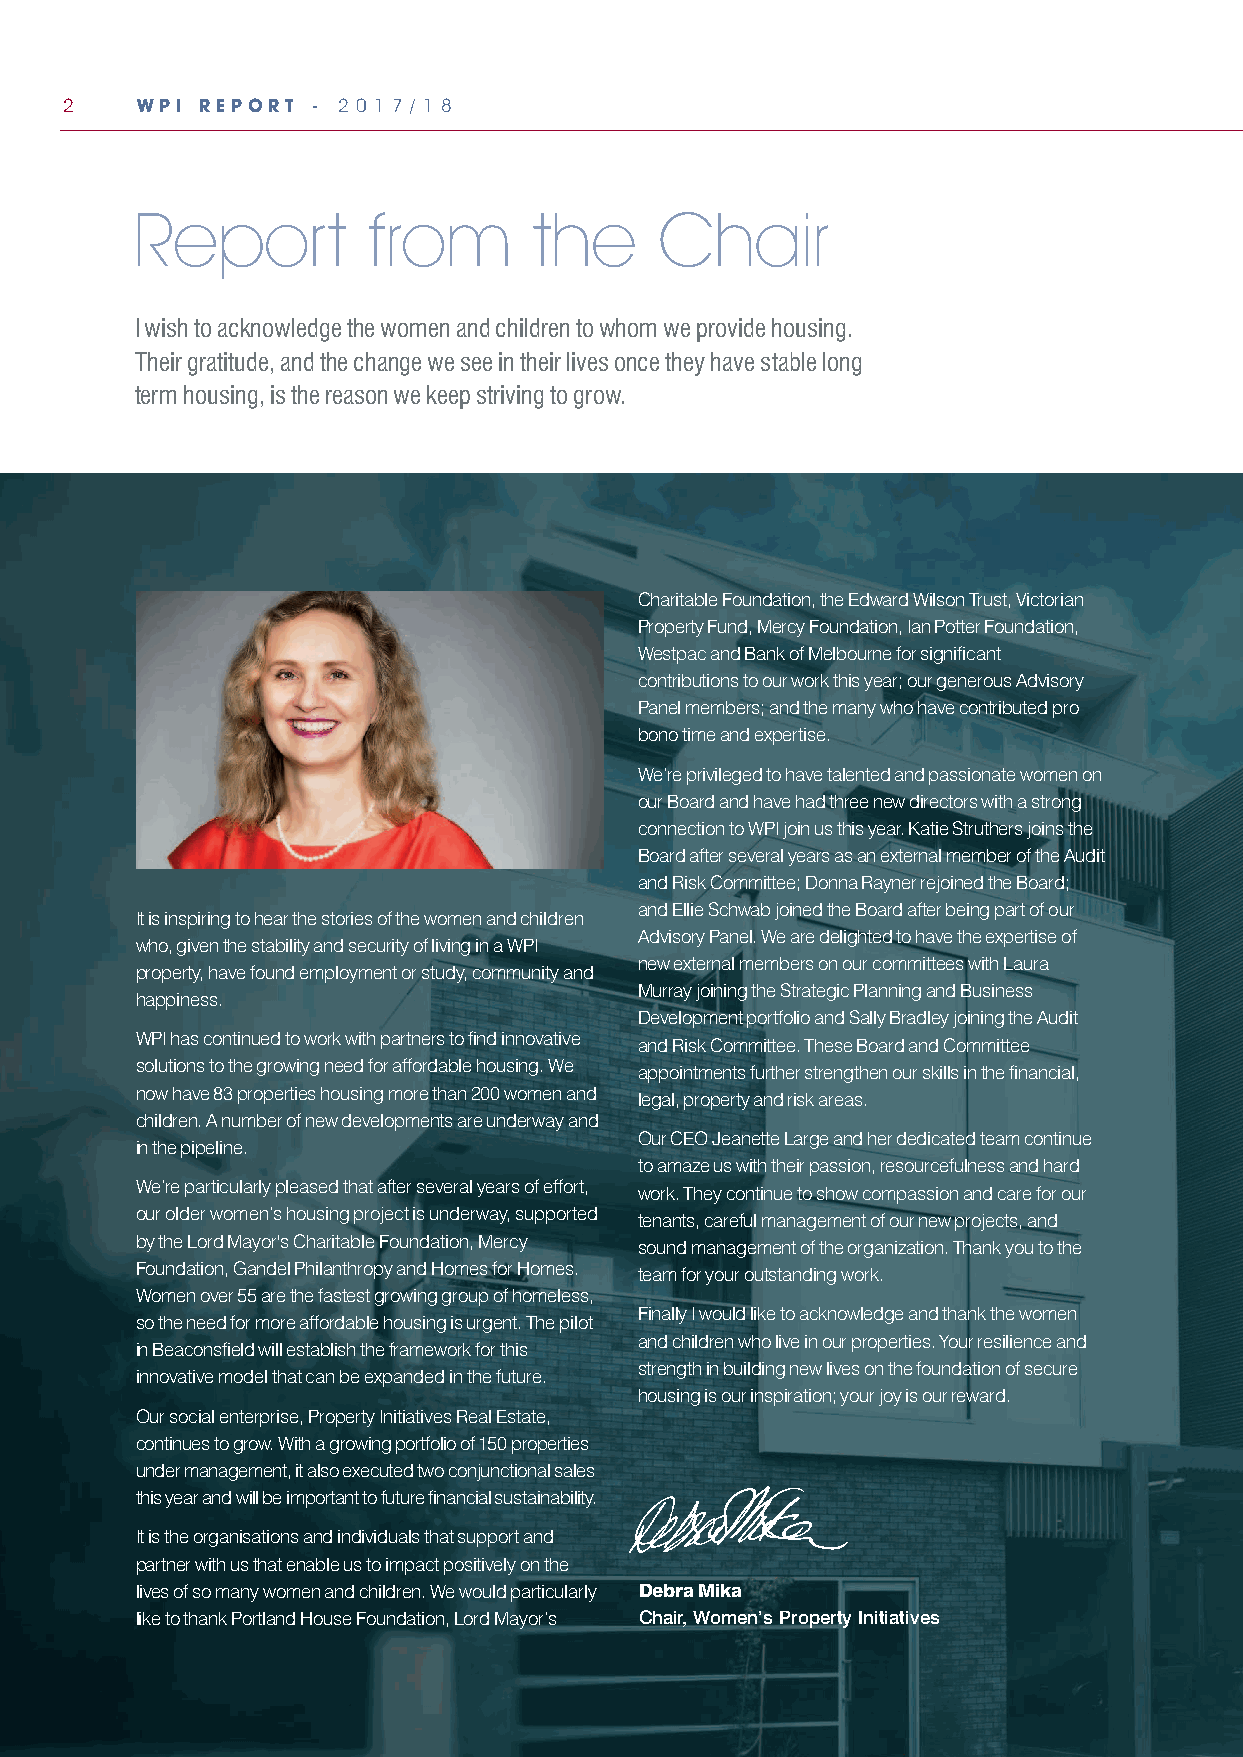
2    WPI REPORT  - 2 0 1 7 / 1 8
 Report         from       the     Chair
 I wish to acknowledge the women and children to whom we provide housing.
 Their gratitude, and the change we see in their lives once they have stable long
 term housing, is the reason we keep striving to grow.
 Charitable Foundation, the Edward Wilson Trust, Victorian
 Property Fund, Mercy Foundation, Ian Potter Foundation,
 Westpac and Bank of Melbourne for significant
 contributions to our work this year; our generous Advisory
 Panel members; and the many who have contributed pro
 bono time and expertise.
 We’re privileged to have talented and passionate women on
 our Board and have had three new directors with a strong
 connection to WPI join us this year. Katie Struthers joins the
 Board after several years as an external member of the Audit
 and Risk Committee; Donna Rayner rejoined the Board;
 and Ellie Schwab joined the Board after being part of our
 It is inspiring to hear the stories of the women and children
 Advisory Panel. We are delighted to have the expertise of
 who, given the stability and security of living in a WPI
 new external members on our committees with Laura
 property, have found employment or study, community and
 Murray joining the Strategic Planning and Business
 happiness.
 Development portfolio and Sally Bradley joining the Audit
 WPI has continued to work with partners to find innovative and Risk Committee. These Board and Committee
 solutions to the growing need for affordable housing. We appointments further strengthen our skills in the financial,
 now have 83 properties housing more than 200 women and legal, property and risk areas.
 children. A number of new developments are underway and
 Our CEO Jeanette Large and her dedicated team continue
 in the pipeline.
 to amaze us with their passion, resourcefulness and hard
 We’re particularly pleased that after several years of effort, work. They continue to show compassion and care for our
 our older women’s housing project is underway, supported tenants, careful management of our new projects, and
 by the Lord Mayor's Charitable Foundation, Mercy sound management of the organization. Thank you to the
 Foundation, Gandel Philanthropy and Homes for Homes. team for your outstanding work.
 Women over 55 are the fastest growing group of homeless,
 Finally I would like to acknowledge and thank the women
 so the need for more affordable housing is urgent. The pilot
 and children who live in our properties. Your resilience and
 in Beaconsfield will establish the framework for this
 strength in building new lives on the foundation of secure
 innovative model that can be expanded in the future.
 housing is our inspiration; your joy is our reward.
 Our social enterprise, Property Initiatives Real Estate,
 continues to grow. With a growing portfolio of 150 properties
 under management, it also executed two conjunctional sales
 this year and will be important to future financial sustainability.
 It is the organisations and individuals that support and
 partner with us that enable us to impact positively on the
 lives of so many women and children. We would particularly Debra Mika
 like to thank Portland House Foundation, Lord Mayor’s Chair, Women’s Property Initiatives